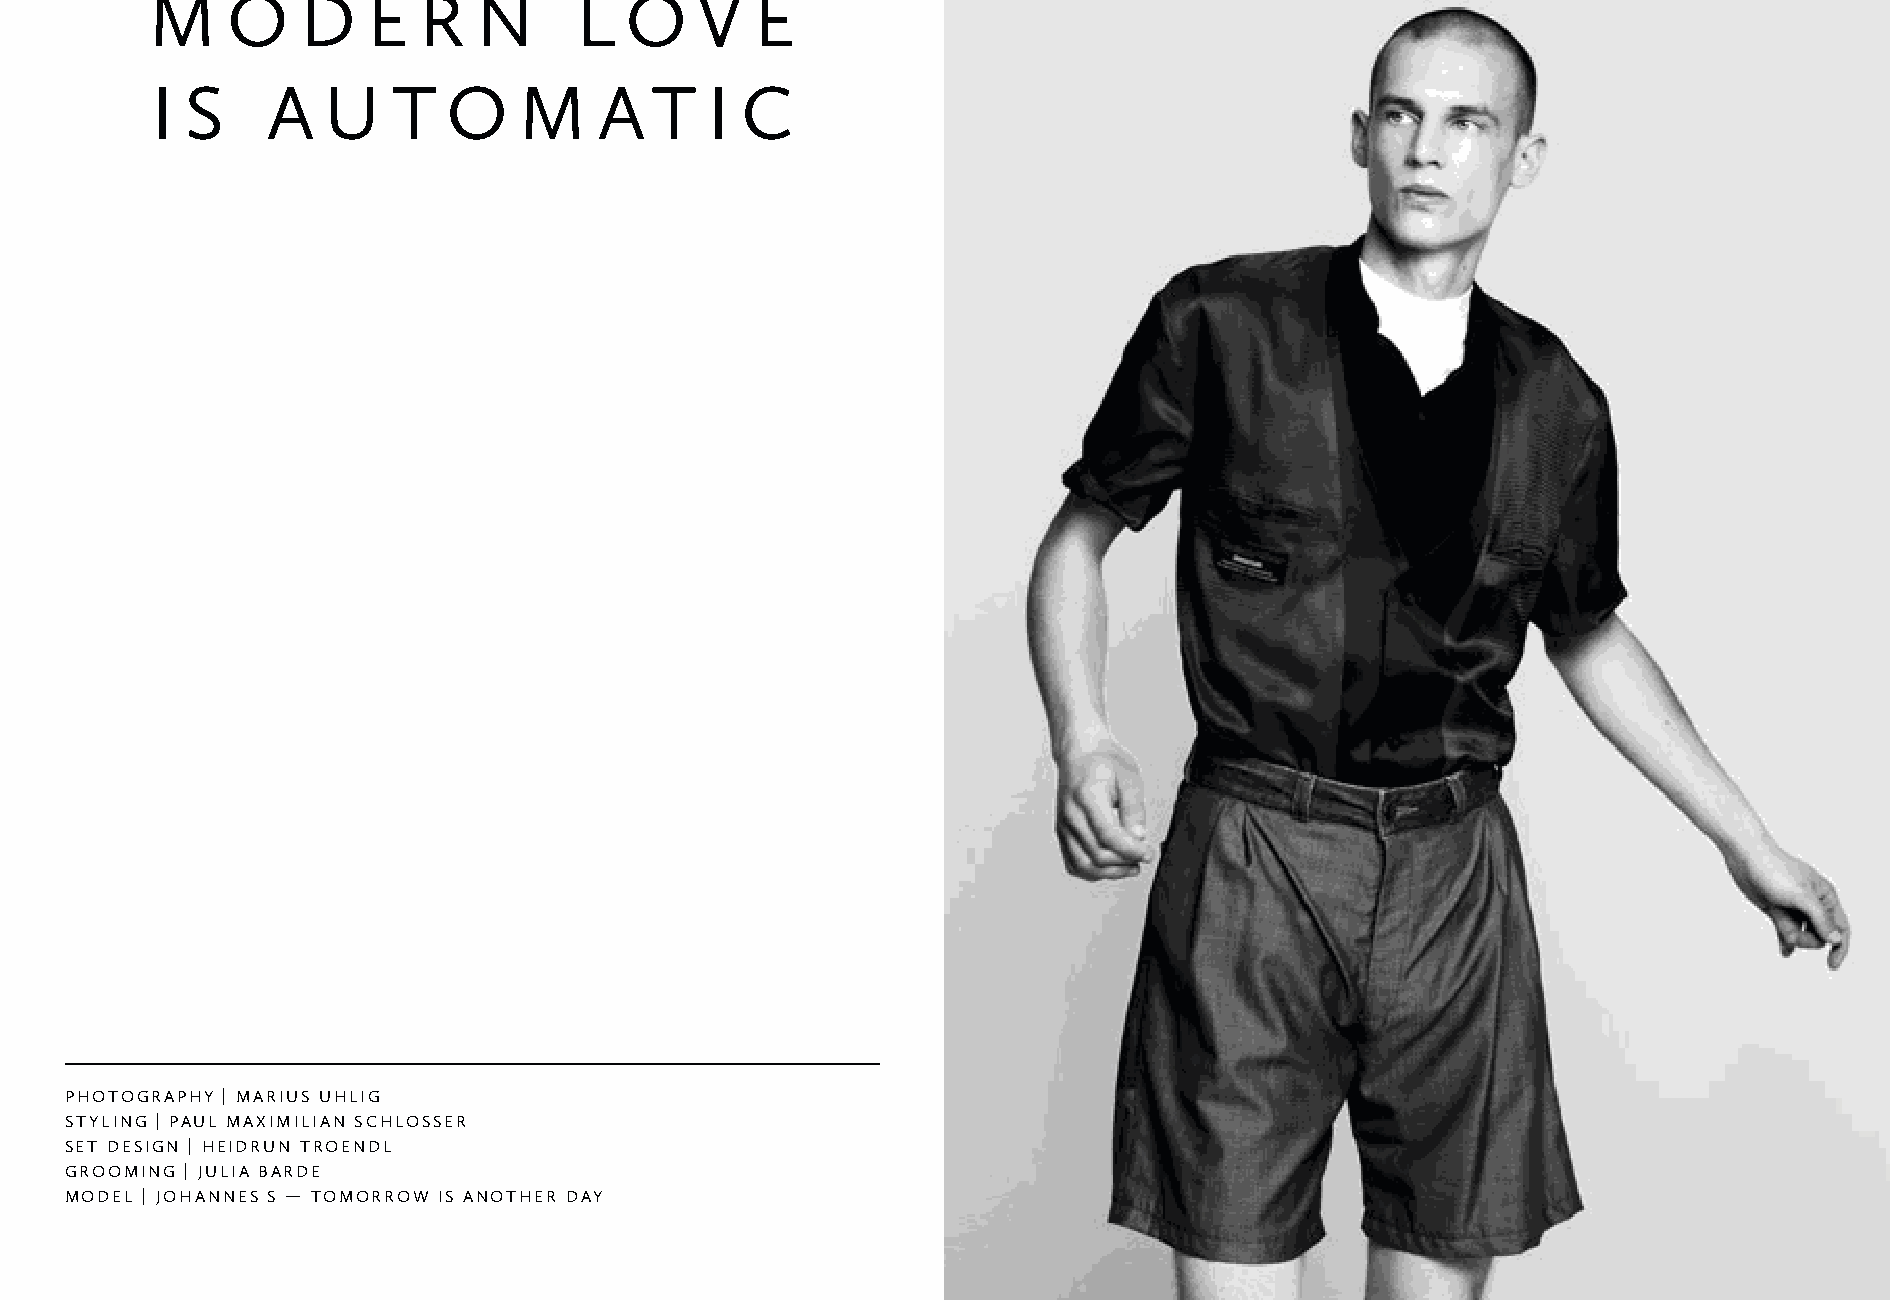
M    o    d   e   r   n     l  o    v   e
 i s     a  u    t   o   M     at     i c
 photographY | Marius uhlig
 stYling | p aul MaxiMilian schlosser
 set design | heidrun troendl
 grooMing | julia barde
 Model | johannes s — toMorrow is another d aY